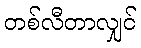
တစ်လီတာလျှင်